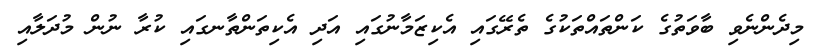
މިދެންނެވި ބާވަތުގެ ކަންތައްތަކުގެ ތެރޭގައި އެކިޒަމާނުގައި އަދި އެކިތަންތާނގައި ކުރާ ނުން މުދަލާއި